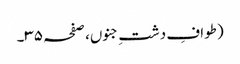
(طوافِ دشتِ جنوں، صفحہ ۳۵۔